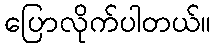
ပြောလိုက်ပါတယ်။